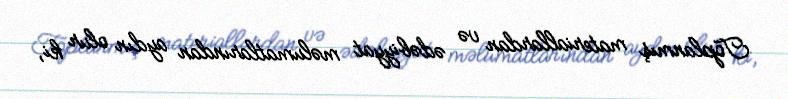
Toplanmış materiallardan və ədəbiyyat məlumatlarından aydın olur ki,